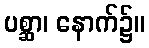
ပစ္ဆာ၊ နောက်၌။